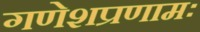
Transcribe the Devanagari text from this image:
गणेशप्रणामः